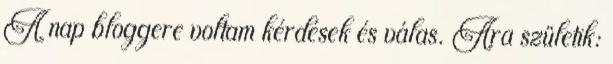
A nap bloggere voltam kérdések és válas. Ara születik: